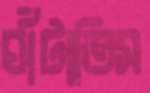
ঘাঁটাতিস